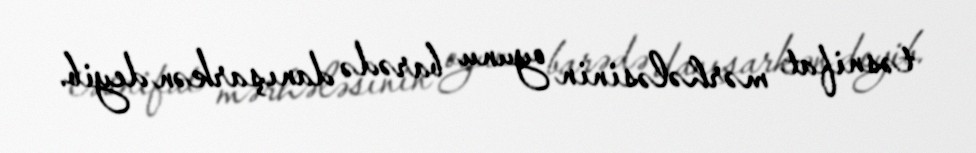
təsnifat mərhələsinin oyunu barədə danışarkən deyib.